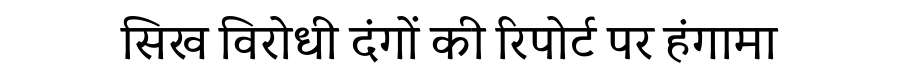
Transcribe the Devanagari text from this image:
सिख विरोधी दंगों की रिपोर्ट पर हंगामा